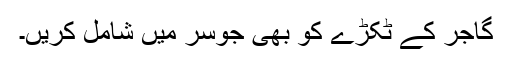
گاجر کے ٹکڑے کو بھی جوسر میں شامل کریں۔